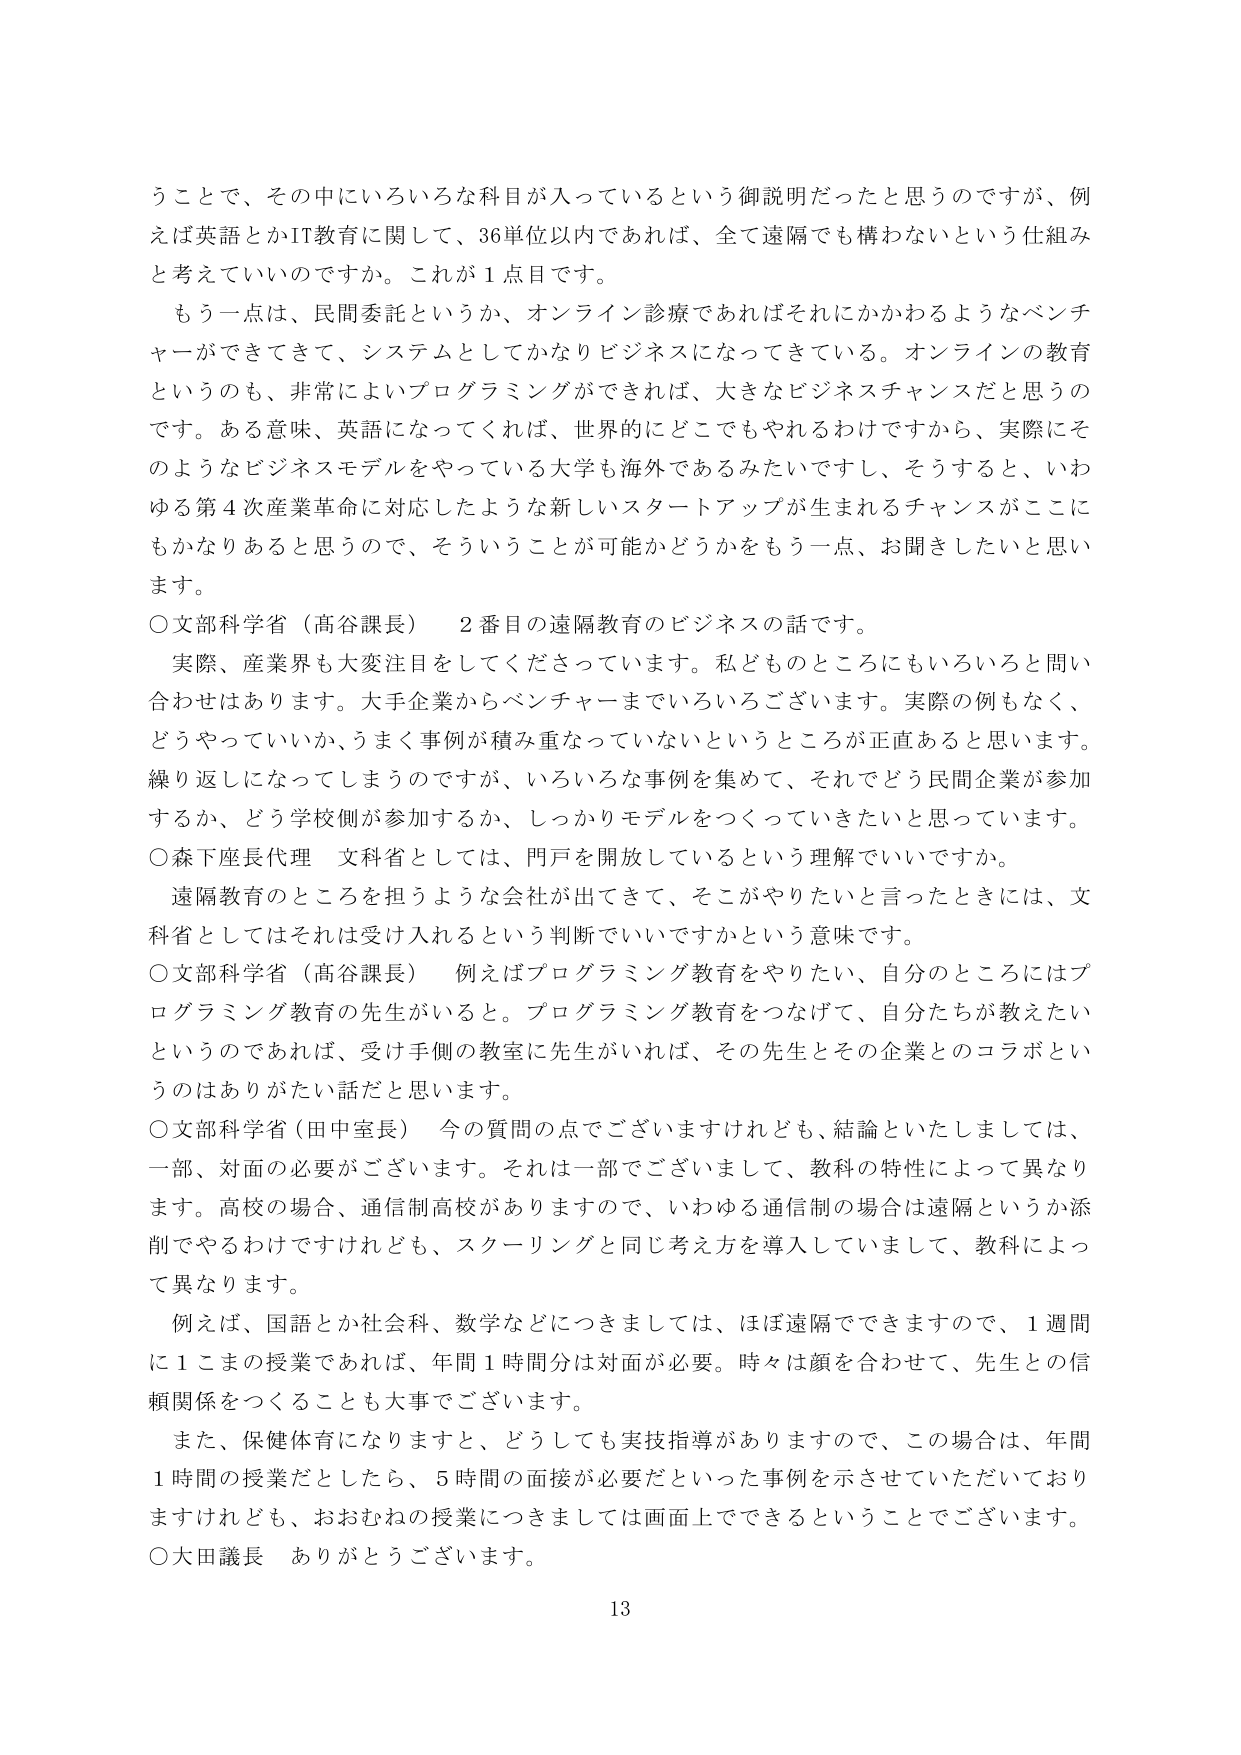
うことで、その中にいろいろな科目が入っているという御説明だったと思うのですが、例えば英語とかIT教育に関して、36単位以内であれば、全て遠隔でも構わないという仕組みと考えていいのですか。これが1点目です。

もう一点は、民間委託というか、オンライン診療であればそれにかかわるようなベンチャーができてきて、システムとしてかなりビジネスになってきている。オンラインの教育というのも、非常によいプログラミングができれば、大きなビジネスチャンスだと思うのです。ある意味、英語になってくれれば、世界的にどこでもやれるわけですから、実際にそのようなビジネスモデルをやっている大学も海外であるみたいですし、そうすると、いわゆる第4次産業革命に対応したような新しいスタートアップが生まれるチャンスがここにもかなりあると思うので、そういうことが可能かどうかをもう一点、お聞きしたいと思います。

○文部科学省（高谷課長）　2番目の遠隔教育のビジネスの話です。

　実際、産業界も大変注目をしてくださっています。私どものところにもいろいろと問い合わせはあります。大手企業からベンチャーまでいろいろございます。実際の例もなく、どうやっていいか、うまく事例が積み重なっていないというところが正直あると思います。繰り返しになってしまうのですが、いろいろな事例を集めて、それでどう民間企業が参加するか、どう学校側が参加するか、しっかりモデルをつくっていきたいと思っています。

○森下座長代理　文科省としては、門戸を開放しているという理解でいいですか。

　遠隔教育のところを担うような会社が出てきて、そこがやりたいと言ったときには、文科省としてはそれは受け入れるという判断でいいですかという意味です。

○文部科学省（高谷課長）　例えばプログラミング教育をやりたい、自分のところにはプログラミング教育の先生がいると。プログラミング教育をつなげて、自分たちが教えたいというのであれば、受け手側の教室に先生がいれば、その先生とその企業とのコラボというのはありがたい話だと思います。

○文部科学省（田中室長）　今の質問の点でございますけれども、結論といたしましては、一部、対面の必要がございます。それは一部でございまして、教科の特性によって異なります。高校の場合、通信制高校がありますので、いわゆる通信制の場合は遠隔というか添削でやるわけですがけれども、スクーリングと同じ考え方を導入していまして、教科によって異なります。

　例えば、国語とか社会科、数学などにつきましては、ほぼ遠隔でできますので、1週間に1こまの授業であれば、年間1時間分は対面が必要。時々は顔を合わせて、先生との信頼関係をつくることも大事でございます。

　また、保健体育になりますと、どうしても実技指導がありますので、この場合は、年間1時間の授業だとしたら、5時間の面接が必要だといった事例を示させていただいておりますけれども、おおむねの授業につきましては画面上でできるということでございます。

○大田議長　ありがとうございます。

13